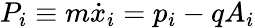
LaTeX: P_{i}\equiv m{\dot{x}}_{i}=p_{i}-qA_{i}